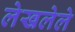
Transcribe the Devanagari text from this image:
लेखलेले